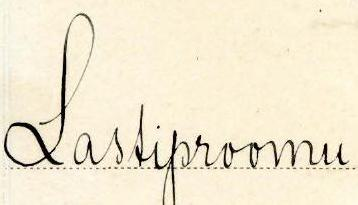
Lastiproomu